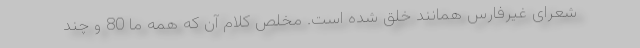
شعرای غیرفارس همانند خلق شده است. مخلص کلام آن که همه ما 80 و چند